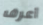
أعرف